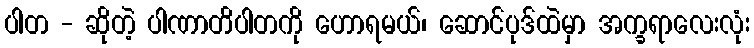
ပါတ - ဆိုတဲ့ ပါဏာတိပါတကို ဟောရမယ်၊ ဆောင်ပုဒ်ထဲမှာ အက္ခရာလေးလုံး